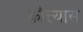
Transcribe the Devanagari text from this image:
कौत्त्यास